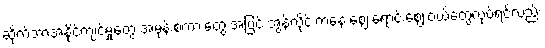
ဆိုက်ဘာအနိုင်ကျင့်မှုတွေ အမုန်းစကားတွေ အပြင် အွန်လိုင်းကနေ ဈေးရောင်းဈေးဝယ်တွေလုပ်ရင်လည်း